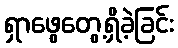
ရှာဖွေတွေ့ရှိခဲ့ခြင်း